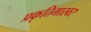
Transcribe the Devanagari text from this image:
प्रकृतिभास्वर